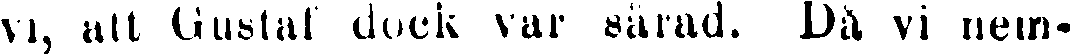
vi, att Gustaf dock var sårad. Då vi nem-